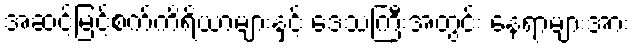
အဆင့်မြင့်စက်ကိရိယာများနှင့် ဒေသကြီးအတွင်း နေရာများအား